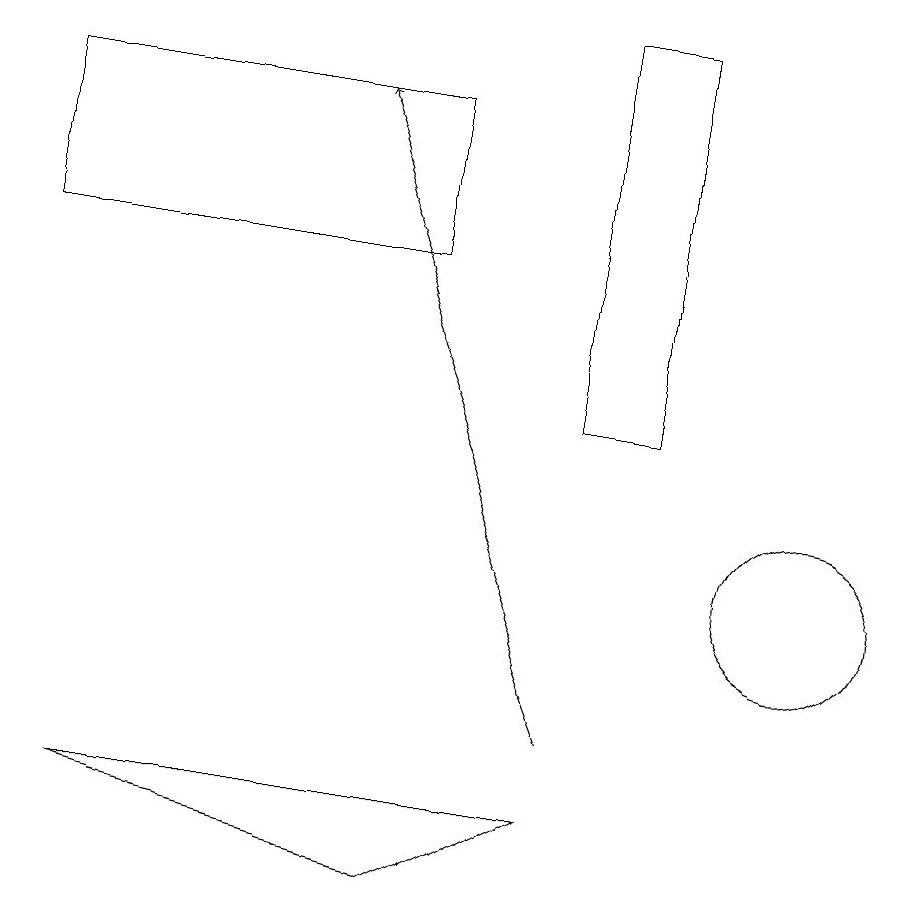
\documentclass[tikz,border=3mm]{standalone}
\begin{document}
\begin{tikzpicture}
\draw (1,16) rectangle (6,18);
\draw[->] (8,10) -- (5,18);
\draw (9,14) rectangle (8,19);
\draw (8,9) -- (2,9) -- (6,8) -- cycle;
\draw (11,12) circle (1);
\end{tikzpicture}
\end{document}